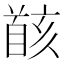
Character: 𩠚